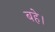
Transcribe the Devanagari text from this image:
बहे।